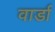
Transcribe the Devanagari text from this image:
वार्डा